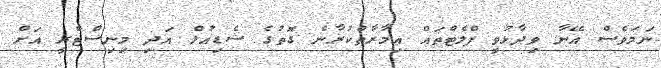
ނަމަވެސް އޭނާ ވިދާޅުވީ ފްލެޓްތައް އިމާރާތްކުރާނެ ގޮތުގެ ޝެޑިއުލް އަދި މިނިސްޓްރީ އަށް